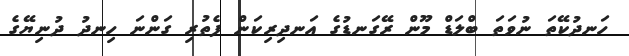
ހަނދުކޭތަ ނުވަތަ ބްލަޑް މޫން ރޭގަނޑުގެ އަނދިރިކަން ފެތުރި ގަންނަ ހިނދު ދުނިޔޭގެ